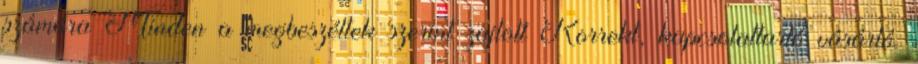
számára Minden a megbeszéltek szerint zajlott Korrekt, kapcsolattartó vásárló.